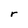
Character: r